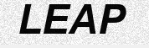
LEAP